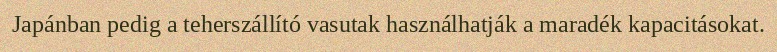
Japánban pedig a teherszállító vasutak használhatják a maradék kapacitásokat.